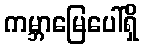
ကမ္ဘာမြေပေါ်ရှိ